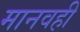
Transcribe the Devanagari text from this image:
मानवही